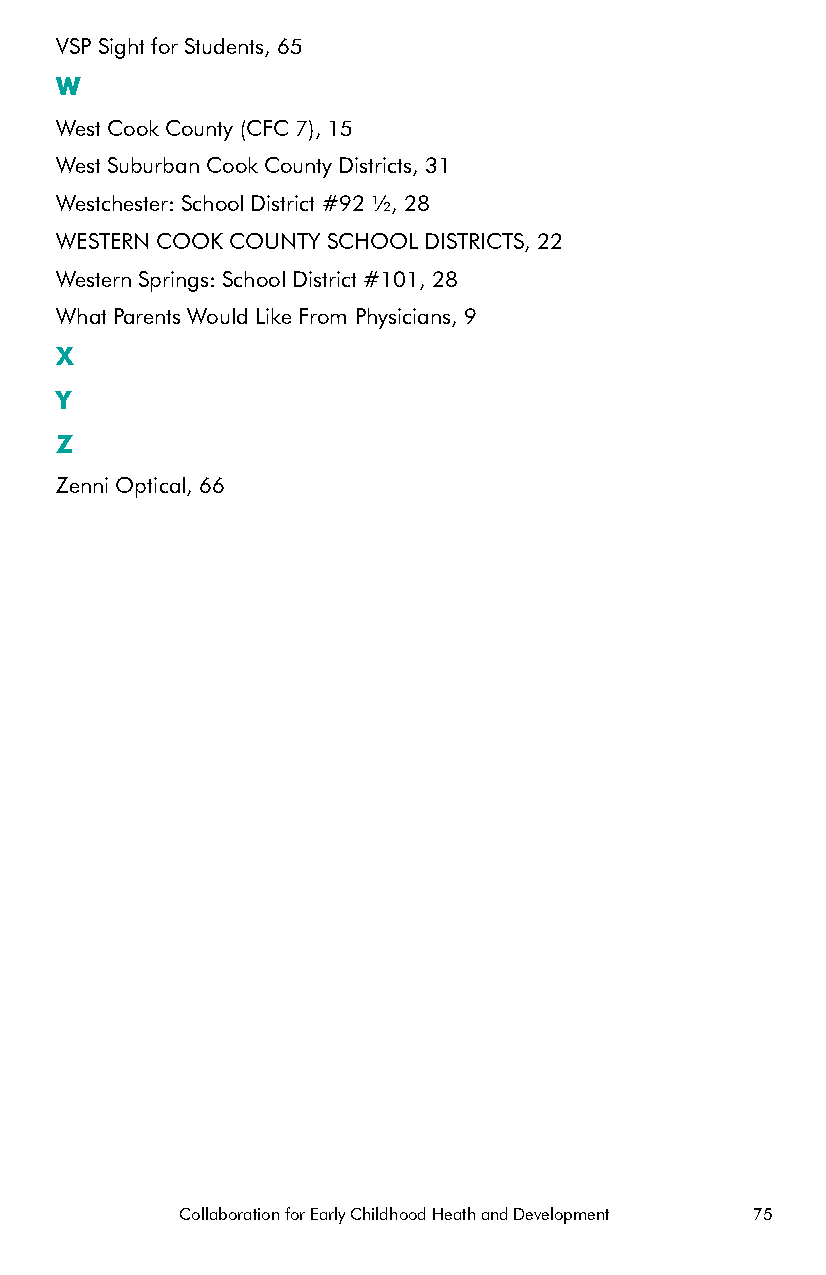
VSP Sight for Students, 65
 W
 West Cook County (CFC 7), 15
 West Suburban Cook County Districts, 31
 Westchester: School District #92 ½, 28
 WESTERN COOK COUNTY SCHOOL DISTRICTS, 22
 Western Springs: School District #101, 28
 What Parents Would Like From Physicians, 9
 X
 Y
 Z
 Zenni Optical, 66
 Collaboration for Early Childhood Heath and Development 75